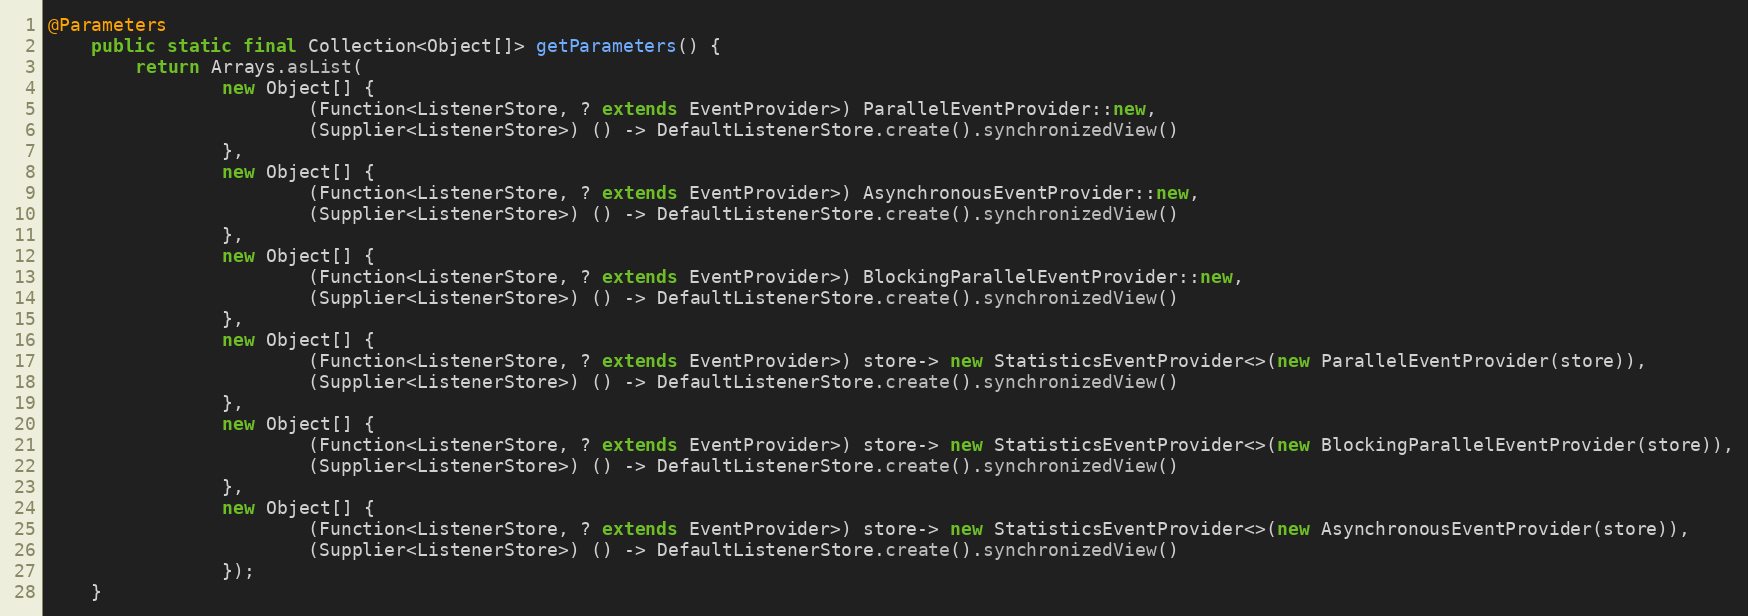
Language: Java
@Parameters
    public static final Collection<Object[]> getParameters() {
        return Arrays.asList(
                new Object[] {
                        (Function<ListenerStore, ? extends EventProvider>) ParallelEventProvider::new,
                        (Supplier<ListenerStore>) () -> DefaultListenerStore.create().synchronizedView()
                },
                new Object[] {
                        (Function<ListenerStore, ? extends EventProvider>) AsynchronousEventProvider::new,
                        (Supplier<ListenerStore>) () -> DefaultListenerStore.create().synchronizedView()
                },
                new Object[] {
                        (Function<ListenerStore, ? extends EventProvider>) BlockingParallelEventProvider::new,
                        (Supplier<ListenerStore>) () -> DefaultListenerStore.create().synchronizedView()
                },
                new Object[] {
                        (Function<ListenerStore, ? extends EventProvider>) store-> new StatisticsEventProvider<>(new ParallelEventProvider(store)),
                        (Supplier<ListenerStore>) () -> DefaultListenerStore.create().synchronizedView()
                },
                new Object[] {
                        (Function<ListenerStore, ? extends EventProvider>) store-> new StatisticsEventProvider<>(new BlockingParallelEventProvider(store)),
                        (Supplier<ListenerStore>) () -> DefaultListenerStore.create().synchronizedView()
                },
                new Object[] {
                        (Function<ListenerStore, ? extends EventProvider>) store-> new StatisticsEventProvider<>(new AsynchronousEventProvider(store)),
                        (Supplier<ListenerStore>) () -> DefaultListenerStore.create().synchronizedView()
                });
    }